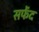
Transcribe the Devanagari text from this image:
सफेंद